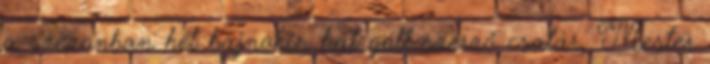
a szezonban hét bajnokin hat gólt szerző csatár, Mester